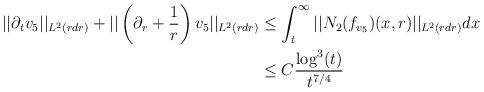
LaTeX: \begin{align*} ||\partial_{t}v_{5}||_{L^{2}(r dr)} + ||\left(\partial_{r}+\frac{1}{r}\right)v_{5}||_{L^{2}(r dr)} &\leq \int_{t}^{\infty} ||N_{2}(f_{v_{5}})(x,r)||_{L^{2}(r dr)} dx \\&\leq C \frac{\log^{3}(t)}{t^{7/4}}\end{align*}